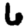
Digit: 6